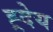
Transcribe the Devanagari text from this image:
ह्र्देय